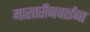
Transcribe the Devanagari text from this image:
मास्तरीणबाईंना